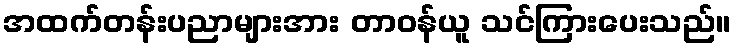
အထက်တန်းပညာများအား တာဝန်ယူ သင်ကြားပေးသည်။